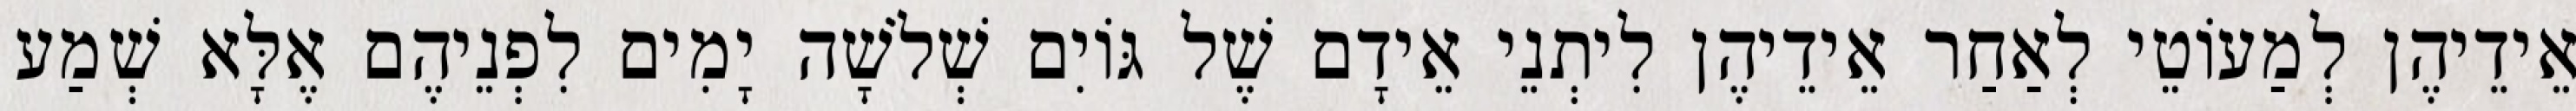
אֵידֵיהֶן לְמַעוֹטֵי לְאַחַר אֵידֵיהֶן לִיתְנֵי אֵידָם שֶׁל גּוֹיִם שְׁלֹשָׁה יָמִים לִפְנֵיהֶם אֶלָּא שְׁמַע